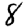
Digit: 8